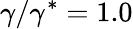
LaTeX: \gamma/\gamma^{*}=1.0